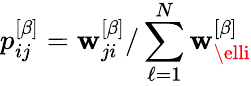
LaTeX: p_{ij}^{\left[\beta\right]}=\mathbf{w}_{ji}^{\left[\beta\right]}/\sum_{\ell=1}^{N}\mathbf{w}_{\elli}^{\left[\beta\right]}